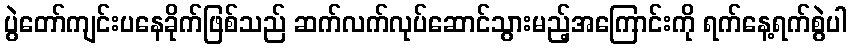
ပွဲတော်ကျင်းပနေခိုက်ဖြစ်သည် ဆက်လက်လုပ်ဆောင်သွားမည့်အကြောင်းကို ရက်နေ့ရက်စွဲပါ